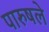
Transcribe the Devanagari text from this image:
पारुषले